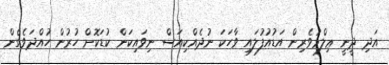
އަދި ދީނީ ޢިލްމުވެރިން އަޑުއުފުލައި ވާހަކަ ނުދެއްކިއަސް ނިވައިކަން ކުޑަކޮށް ހުރުން ހުއްދަވެގެން